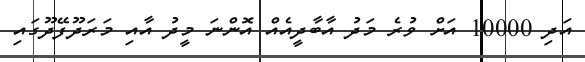
އަދި 10000 އަށް ވުރެ މަދު އާބާދީއެއް އޮންނަ މީދު އާއި މަރަދޫފޭދޫގައި